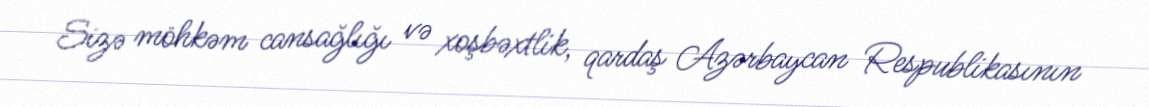
Sizə möhkəm cansağlığı və xoşbəxtlik, qardaş Azərbaycan Respublikasının